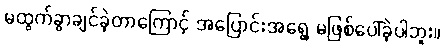
မထွက်ခွာချင်ခဲ့တာကြောင့် အပြောင်းအရွေ့ မဖြစ်ပေါ်ခဲ့ပါဘူး။